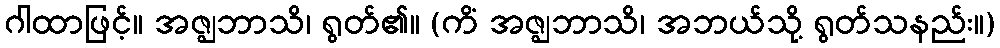
ဂါထာဖြင့်။ အဇ္ဈဘာသိ၊ ရွတ်၏။ (ကိံ အဇ္ဈဘာသိ၊ အဘယ်သို့ ရွတ်သနည်း။)